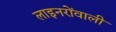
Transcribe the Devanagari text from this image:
लाइनरोंवाली